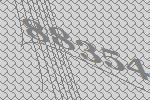
88354